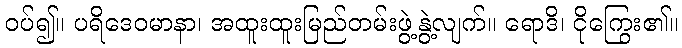
ဝပ်၍။ ပရိဒေဝမာနာ၊ အထူးထူးမြည်တမ်းဖွဲ့နွဲ့လျက်။ ရောဒိ၊ ငိုကြွေး၏။